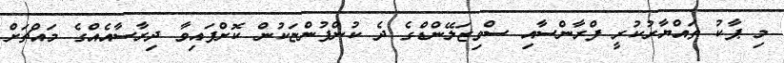
މި ޕާކު ތައްޔާރުކުރީ ފްރާންސާއި ސްވިޒަލޭންޑްގެ ދެ ކުންފުންޏަކުން ކޮށްފައިވާ ދިރާސާއެއްގެ މައްޗަށް